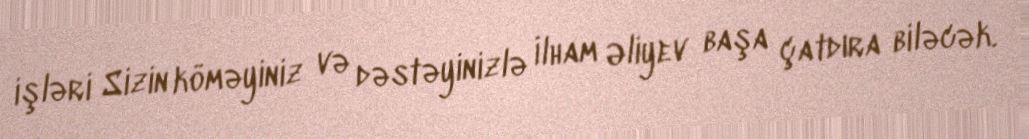
işləri Sizin köməyiniz və dəstəyinizlə İlham Əliyev başa çatdıra biləcək.